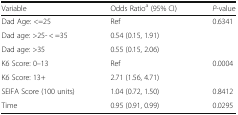
<table><thead><tr><td><b>Variable</b></td><td><b>Odds Ratio<sup>a</sup> (95% CI)</b></td><td><b><i>P</i>-value</b></td></tr></thead><tbody><tr><td>Dad Age: &lt;=25</td><td>Ref</td><td rowspan="3">0.6341</td></tr><tr><td>Dad age: &gt;25- &lt; =35</td><td>0.54 (0.15, 1.91)</td></tr><tr><td>Dad age: &gt;35</td><td>0.55 (0.15, 2.06)</td></tr><tr><td>K6 Score: 0–13</td><td>Ref</td><td rowspan="2">0.0004</td></tr><tr><td>K6 Score: 13+</td><td>2.71 (1.56, 4.71)</td></tr><tr><td>SEIFA Score (100 units)</td><td>1.04 (0.72, 1.50)</td><td>0.8412</td></tr><tr><td>Time</td><td>0.95 (0.91, 0.99)</td><td>0.0295</td></tr></tbody></table>